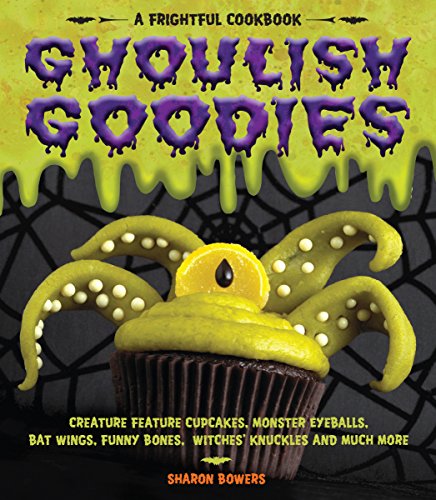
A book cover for Ghoulish Goodies: Creature Feature Cupcakes, Monster Eyeballs, Bat Wings, Funny Bones, Witches' Knuckles, and Much More!; Sharon Bowers; Cookbooks, Food & Wine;